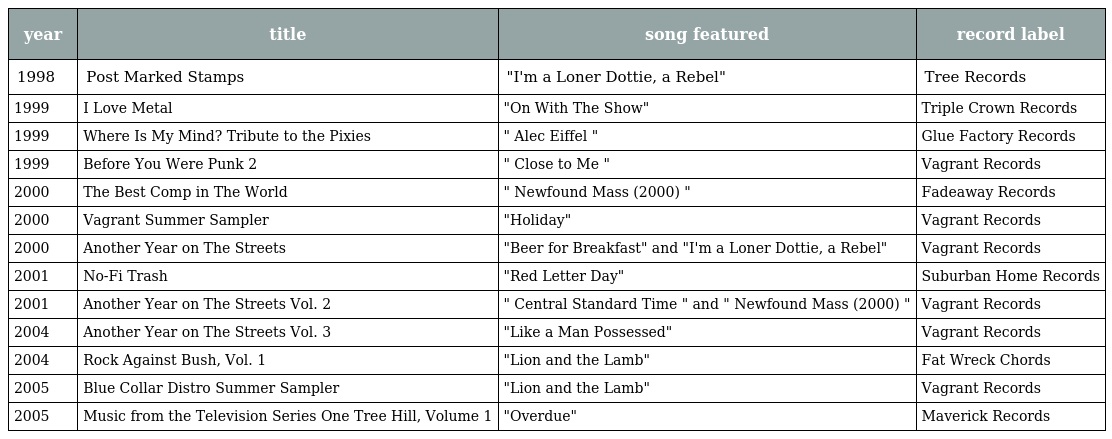
| year | title | song featured | record label |
 | --- | --- | --- | --- |
 | 1998 | Post Marked Stamps | "I'm a Loner Dottie, a Rebel" | Tree Records |
 | 1999 | I Love Metal | "On With The Show" | Triple Crown Records |
 | 1999 | Where Is My Mind? Tribute to the Pixies | " Alec Eiffel " | Glue Factory Records |
 | 1999 | Before You Were Punk 2 | " Close to Me " | Vagrant Records |
 | 2000 | The Best Comp in The World | " Newfound Mass (2000) " | Fadeaway Records |
 | 2000 | Vagrant Summer Sampler | "Holiday" | Vagrant Records |
 | 2000 | Another Year on The Streets | "Beer for Breakfast" and "I'm a Loner Dottie, a Rebel" | Vagrant Records |
 | 2001 | No-Fi Trash | "Red Letter Day" | Suburban Home Records |
 | 2001 | Another Year on The Streets Vol. 2 | " Central Standard Time " and " Newfound Mass (2000) " | Vagrant Records |
 | 2004 | Another Year on The Streets Vol. 3 | "Like a Man Possessed" | Vagrant Records |
 | 2004 | Rock Against Bush, Vol. 1 | "Lion and the Lamb" | Fat Wreck Chords |
 | 2005 | Blue Collar Distro Summer Sampler | "Lion and the Lamb" | Vagrant Records |
 | 2005 | Music from the Television Series One Tree Hill, Volume 1 | "Overdue" | Maverick Records |